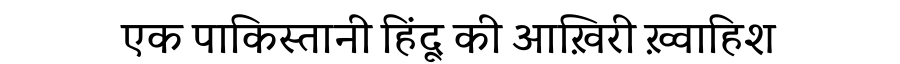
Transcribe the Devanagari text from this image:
एक पाकिस्तानी हिंदू की आख़िरी ख़्वाहिश